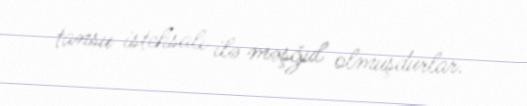
tansu istehsalı ilə məşğul olmuşdurlar.